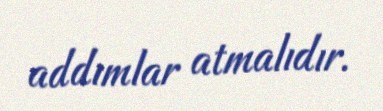
addımlar atmalıdır.